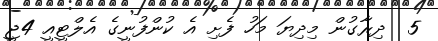
5  ދިރާގުން މިދިޔަ މަހު ފެށި އެ ކުންފުނީގެ އެލްޓީއީ 4ޖީ